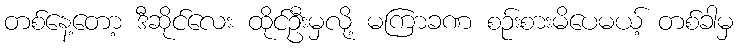
တစ်နေ့တော့ ဒီဆိုင်လေး ထိုင်ဦးမှလို့ မကြာခဏ စဉ်းစားမိပေမယ့် တစ်ခါမှ